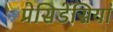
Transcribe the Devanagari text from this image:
प्रेसिडेंसियां